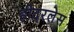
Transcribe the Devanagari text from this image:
हीदरलेस